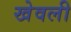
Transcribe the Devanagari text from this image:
खेवली